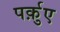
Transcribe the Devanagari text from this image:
पर्क़ुए